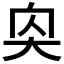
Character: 𪥌